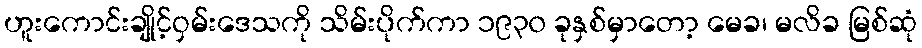
ဟူးကောင်းချိုင့်ဝှမ်းဒေသကို သိမ်းပိုက်ကာ ၁၉၃၀ ခုနှစ်မှာတော့ မေခ၊ မလိခ မြစ်ဆုံ